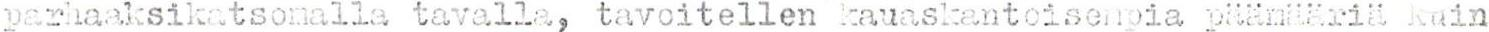
parhaaksikatsomalla tavalla, tavoitellen kauaskantoisempia päämääriä kuin